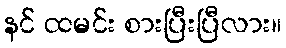
နင် ထမင်း စားပြီးပြီလား။